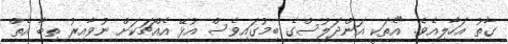
ގާތު އަހާލިއެވެ. "އެތަކީ އަންދަލުސްގެ ބިމުގައިވެސް އުޅޭ އެއްޗަކަށް ނުވާއިރު ތިބާ އެތް